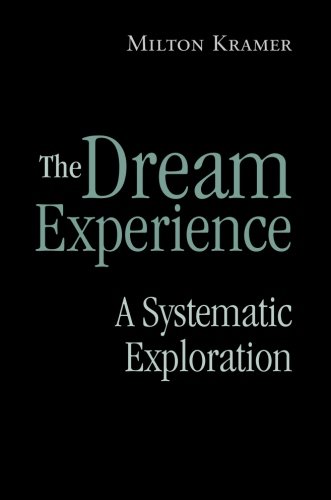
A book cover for The Dream Experience: A Systematic Exploration; Milton Kramer; Self-Help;